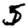
Digit: 5